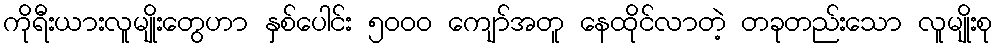
ကိုရီးယားလူမျိုးတွေဟာ နှစ်ပေါင်း ၅၀၀၀ ကျော်အတူ နေထိုင်လာတဲ့ တခုတည်းသော လူမျိုးစု